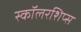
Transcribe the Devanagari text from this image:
स्कॉलरशिप्स